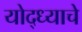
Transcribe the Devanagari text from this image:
योद्ध्याचे